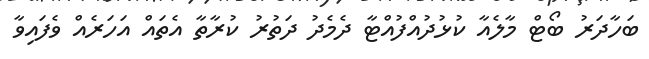
ބަހާދަރު ބޯޓް މާލެއާ ކުޅުދުއްފުއްޓާ ދެމެދު ދަތުރު ކުރާތާ އެތައް އަހަރެއް ވެފައިވާ